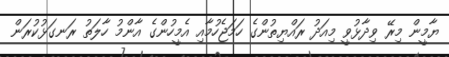
ޔާމީން މިރޭ ވިދާޅުވީ މިއަދު ރައްޔިތުންގެ ހަމަޖެހުމާއި އެމީހުންގެ އާންމު ހާލަތު ރަނގަޅުކުރަން